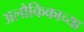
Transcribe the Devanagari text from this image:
अलौकिकाच्या